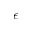
\epsilon